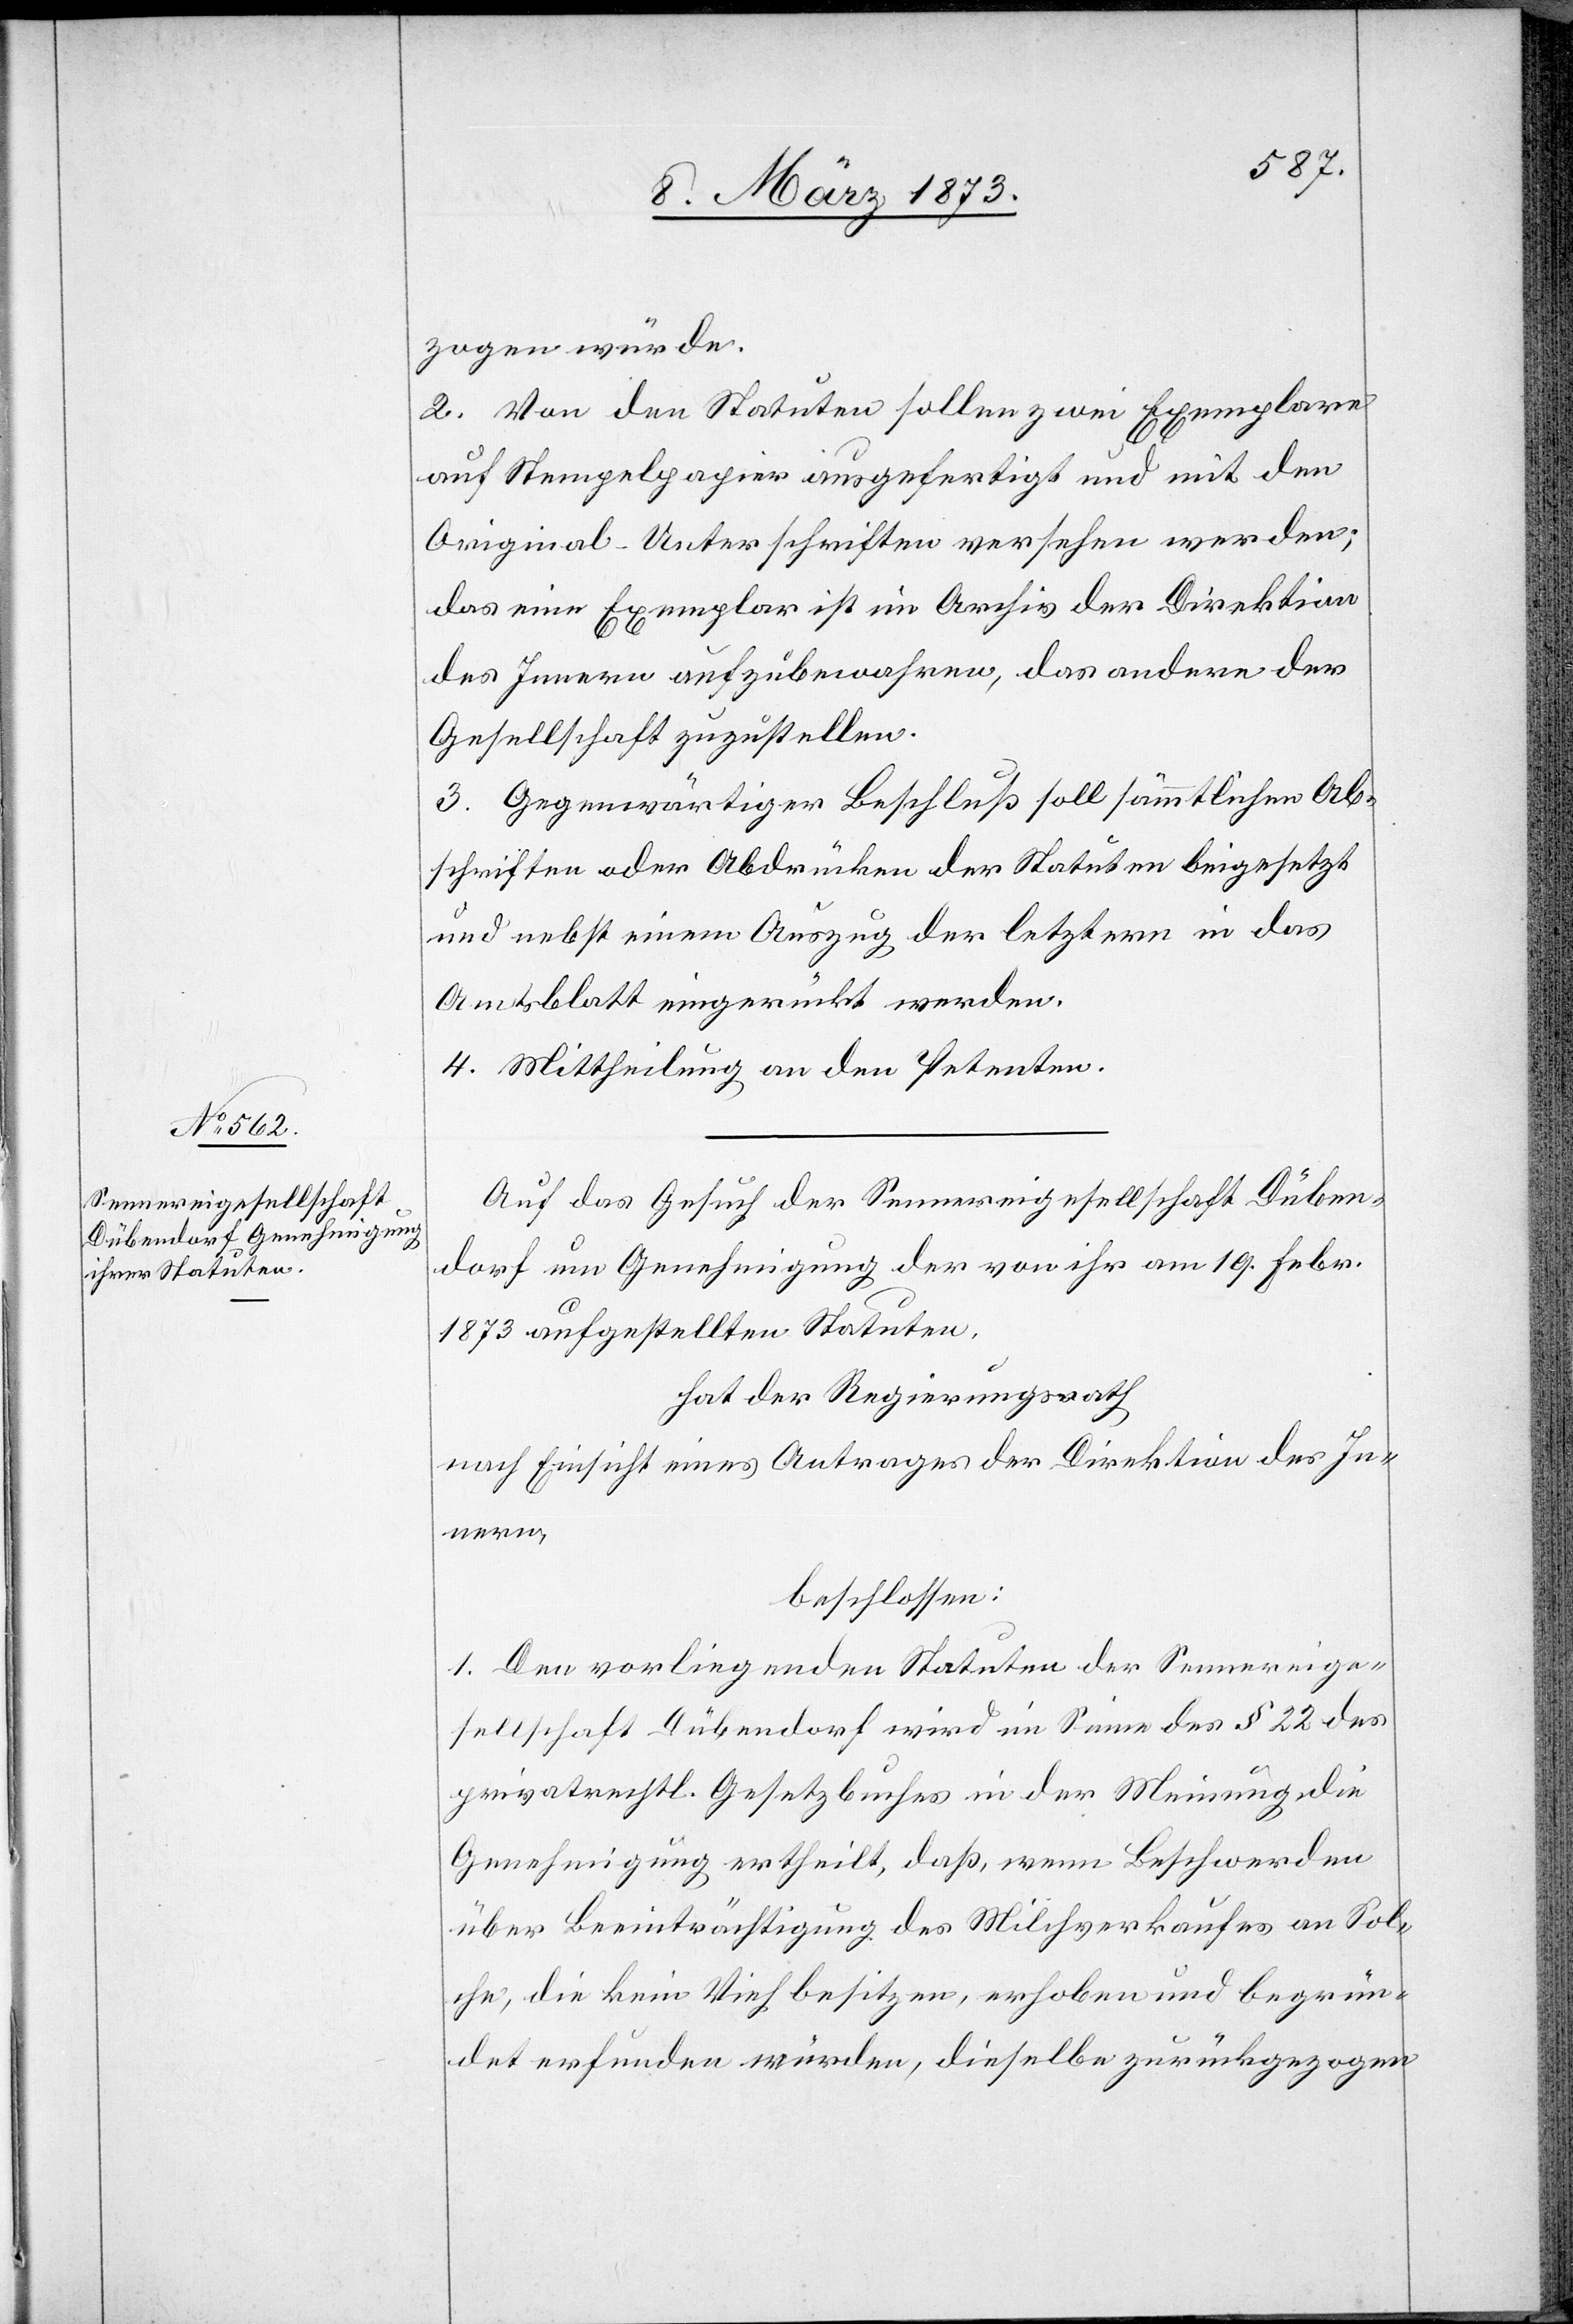
zogen würde.
2. Von den Statuten sollen zwei Exemplare
auf Stempelpapier ausgefertigt und mit den
Original-Unterschriften versehen werden;
das eine Exemplar ist im Archiv der Direktion
des Innern aufzubewahren, das andere der
Gesellschaft zuzustellen.
3. Gegenwärtiger Beschluß soll sämmtlichen Ab¬
schriften oder Abdrücken der Statuten beigesetzt
und nebst einem Auszug der letztern in das
Amtsblatt eingerückt werden.
4. Mittheilung an den Petenten.
Auf das Gesuch der Sennereigesellschaft Düben¬
dorf um Genehmigung der von ihr am 19. Febr.
1873 aufgestellten Statuten,
hat der Regierungsrath
nach Einsicht eines Antrages der Direktion des In¬
nern,
beschlossen:
1. Den vorliegenden Statuten der Sennereige¬
sellschaft Dübendorf wird im Sinne des § 22 des
privatrechtl. Gesetzbuches in der Meinung die
Genehmigung ertheilt, daß, wenn Beschwerden
über Beeinträchtigung des Milchverkaufes an Sol¬
che, die kein Vieh besitzen, erhoben und begrün¬
det erfunden würden, dieselbe zurückgezogen